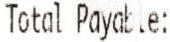
TOTAL PAYABLE: